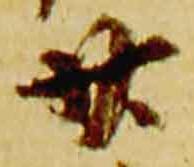
廿